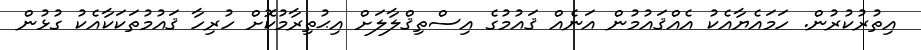
އިތުރުކުރުން. ހަމައެޔާއެކު އެއްޤައުމުން އަނެއް ޤައުމުގެ އިސްތިޤްލާލަށް އިޙުތިރާމުކޮށް ހުރިހާ ޤައުމުތަކަކާއެކު ގުޅުން